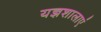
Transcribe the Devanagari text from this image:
यज्ञशालाएं